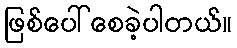
ဖြစ်ပေါ်စေခဲ့ပါတယ်။